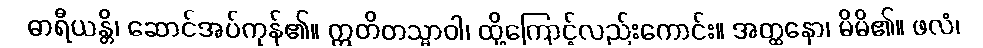
ဓာရီယန္တိ၊ ဆောင်အပ်ကုန်၏။ ဣတိတသ္မာဝါ၊ ထို့ကြောင့်လည်းကောင်း။ အတ္ထနော၊ မိမိ၏။ ဖလံ၊